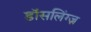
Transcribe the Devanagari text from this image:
डॉसलिंग्ज़